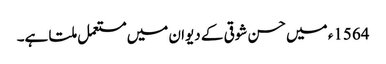
1564ء میں حسن شوقی کے دیوان میں مستعمل ملتا ہے۔